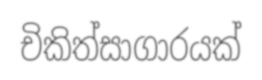
චිකිත්සාගාරයක්